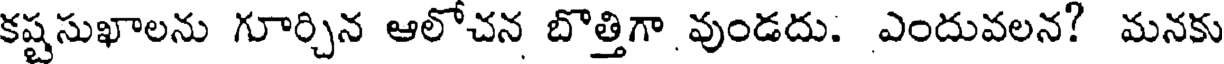
కష్టసుఖాలను గూర్చిన ఆలోచన బొత్తిగా వుండదు. ఎందువలన? మనకు